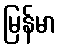
မြန်မာ